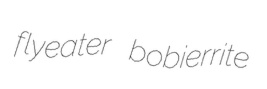
flyeater bobierrite